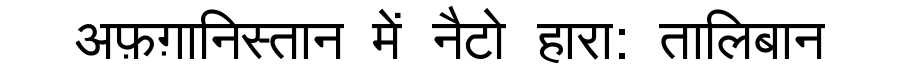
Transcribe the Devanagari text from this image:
अफ़ग़ानिस्तान में नैटो हारा: तालिबान